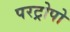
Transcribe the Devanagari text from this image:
परट्रोपो